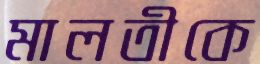
মালতীকে